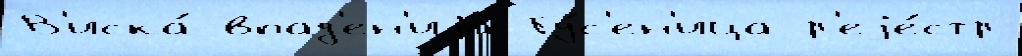
В'иска́ впад'ен'иjа Гу́с'ен'ица р'еjе́стр